Jaan_Tonisson_(Lasteleht), lk 378
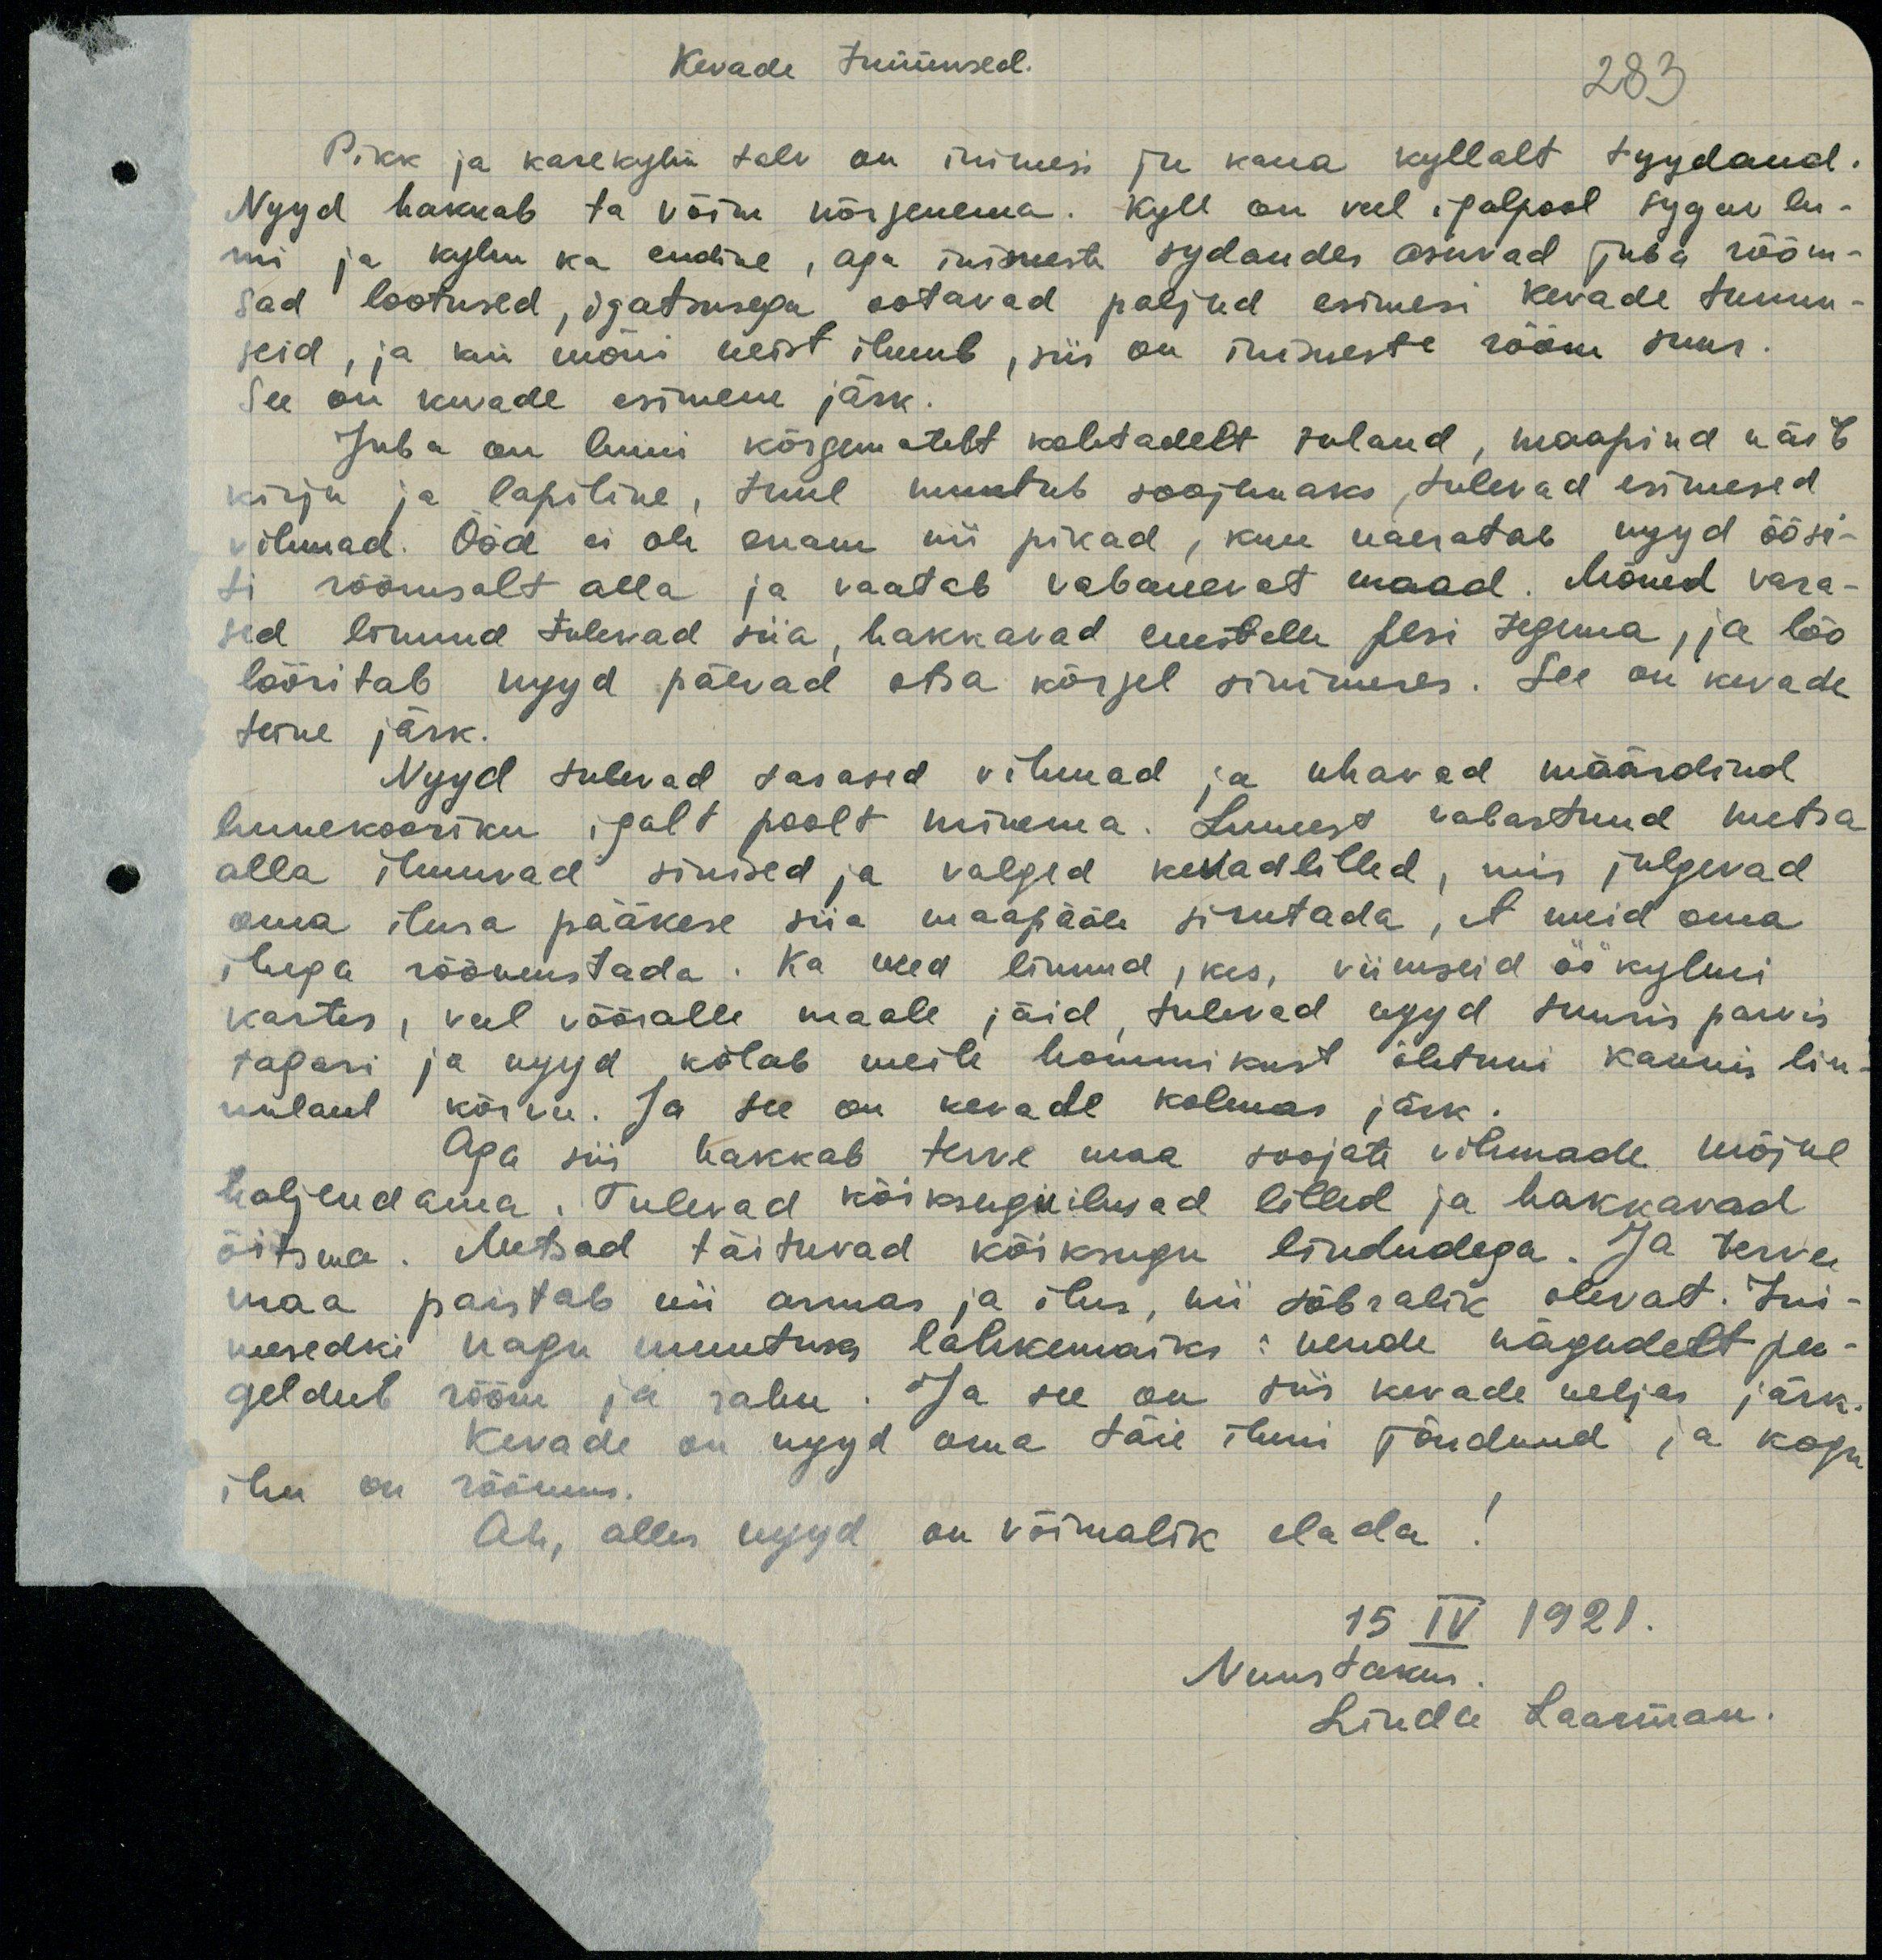
Kevade Jumuseol.
283
Pikk ja karekylm talv on inimesi ju kaua kyllalt tyydand.
Nyyd hakkab ta võim nõrgenema. Kyll on veel igalpool sygav lu-
mi ja kylm ka endise, aga inimesti sydandes asuvad juba rõõm-
sad lootused, igatsusega ootavad paljud esimesi kevade tunnu-
seid, ja kui mõni neist ilmub, siis on inimeste rõõm suur.
See on kavade esimene järk.
Juba on lumi kõrgematelt kohtadelt suland, maapind näib
kirju ja lapiline, tuul muutub soojemaks tulevad esimesed.
vihmad. Ööd ei ole enam nii pikad, kuu naeratab nyyd öösi-
ti rõõmsalt alla ja vaatab vabanevat maad. Mõned vara-
sed linnud tulevad siia, hakkavad enestele pesi tegema, ja lõo
lööritab nyyd päevad otsa kõrgel sinimeres. See on kevade
teine järk.
Nyyd tulevad tasased vihmad ja uhavad määrdind
lumekooriku igalt poolt minema. Lumest vabastund metsa
alla ilmuvad sinised ja valged kedadlilled, mis julgevad
oma ilusa pääkese siia maapääle sirutada, et meid oma
iluga rõõmustada. Ka need linnud, kes, viimseid öö kylmi
kartes, veel võõralle maale jäid, tuleved nyyd suuris parvis
tagasi ja nyyd kõlab meile hommikust õhtuni kaunis lin-
nulaul kõrvu. Ja see on kevade kolmas järk.
Aga siis hakkab terve maa soojate vihmade mõjul
haljendama. Tulevad kõiksugu ilusad lilled ja hakkavad.
õitsma. Metsad täituvad kõiksugu lindudega. Ja terve
maa paistab nii armas ja ilus, nii sõbralik olevat. Ini-
mesedki nagu muutuks lahkemaiks: nende nägudelt pee-
geldub rõõm ja rahu. Ja see on siis kevade neljas järk.
Kevade on nyyd oma täie iluni jõudnud ja kogu
ihu on rõõmus.
Ah, alles nyyd on võimalik elada.
15 IV 1921.
Nuustakus
Linda Laarman.